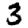
Digit: 3